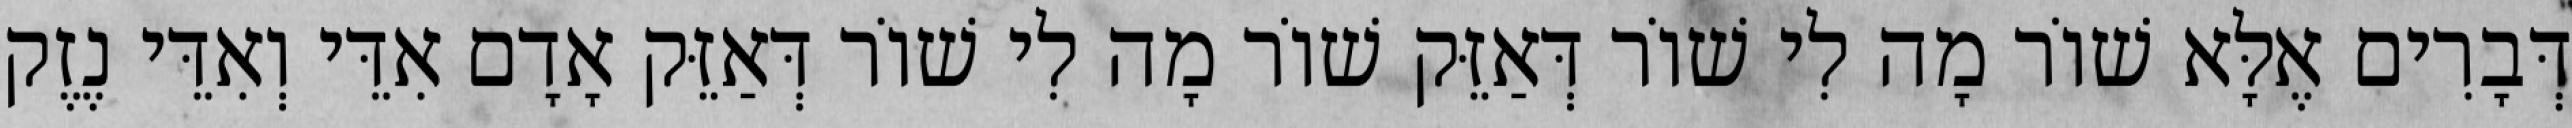
דְּבָרִים אֶלָּא שׁוֹר מָה לִי שׁוֹר דְּאַזֵּק שׁוֹר מָה לִי שׁוֹר דְּאַזֵּק אָדָם אִדֵּי וְאִדֵּי נֶזֶק